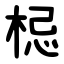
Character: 梞